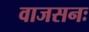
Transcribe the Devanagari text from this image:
वाजसनः